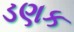
ડણક